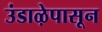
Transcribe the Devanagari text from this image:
उंडाऴेपासून